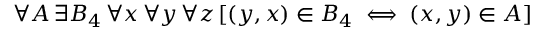
\, \forall A \, \exists B _ { 4 } \, \forall x \, \forall y \, \forall z \, [ ( y , x ) \in B _ { 4 } \iff ( x , y ) \in A ]